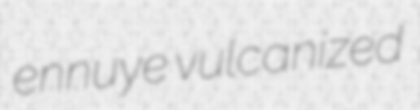
ennuye vulcanized